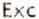
EXC